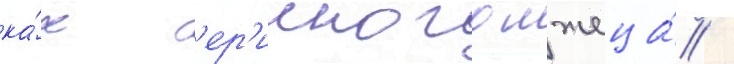
ка́к с'ер'ииного лжеца́ /